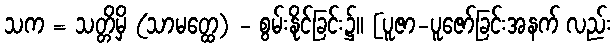
သက = သတ္တိမှိ (သာမတ္ထေ) - စွမ်းနိုင်ခြင်း၌။ [ပူဇာ-ပူဇော်ခြင်းအနက် လည်း